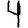
Digit: 4